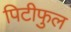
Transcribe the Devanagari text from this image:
पिटीफुल